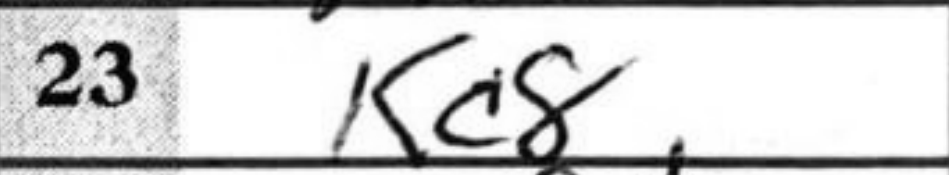
Transcription: Kc8